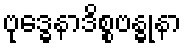
ဗုဒ္ဓေနာဒိစ္စဗန္ဓုနာ